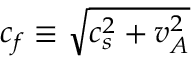
c _ { f } \equiv \sqrt { c _ { s } ^ { 2 } + v _ { A } ^ { 2 } }